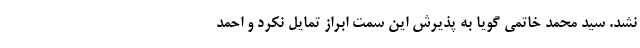
نشد. سید محمد خاتمی گویا به پذیرش این سمت ابراز تمایل نکرد و احمد